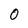
Character: 0